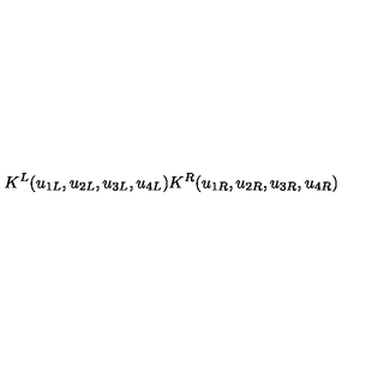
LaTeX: K ^ { L } ( u _ { 1 L } , u _ { 2 L } , u _ { 3 L } , u _ { 4 L } ) K ^ { R } ( u _ { 1 R } , u _ { 2 R } , u _ { 3 R } , u _ { 4 R } )